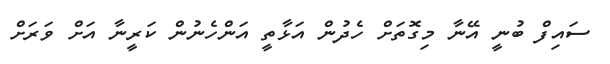
ސައިފް ބުނީ އޭނާ މިގޮތަށް ހެދުން އަޅާތީ އަންހެނުން ކަރީނާ އަށް ވަރަށް